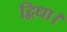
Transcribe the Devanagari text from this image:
द्विधा।